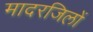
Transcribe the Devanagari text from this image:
मादरजिलों